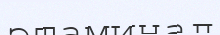
этаминал